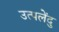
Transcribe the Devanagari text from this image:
उत्पलेंदु